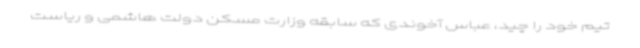
تیم خود را چید، عباس آخوندی که سابقه وزارت مسکن دولت هاشمی و ریاست